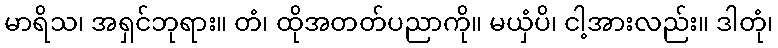
မာရိသ၊ အရှင်ဘုရား။ တံ၊ ထိုအတတ်ပညာကို။ မယှံပိ၊ ငါ့အားလည်း။ ဒါတုံ၊